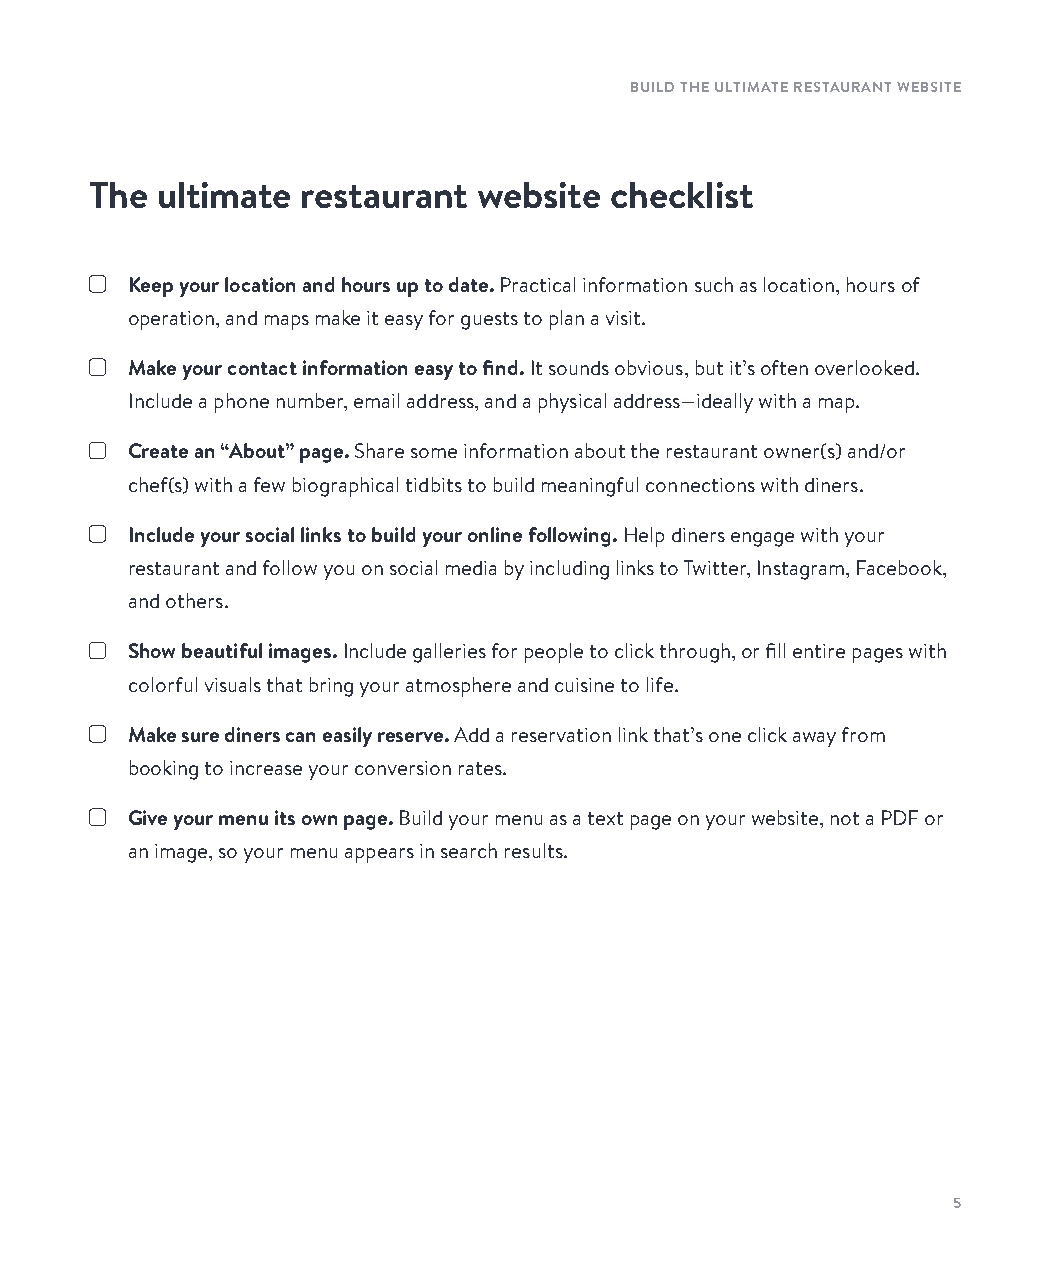
BUILD THE ULTIMATE RESTAURANT WEBSITE
 The ultimate  restaurant  website checklist
 Keep your location and hours up to date. Practical information such as location, hours of
 operation, and maps make it easy for guests to plan a visit.
 Make your contact information easy to find. It sounds obvious, but it’s often overlooked.
 Include a phone number, email address, and a physical address—ideally with a map.
 Create an “About” page. Share some information about the restaurant owner(s) and/or
 chef(s) with a few biographical tidbits to build meaningful connections with diners.
 Include your social links to build your online following. Help diners engage with your
 restaurant and follow you on social media by including links to Twitter, Instagram, Facebook,
 and others.
 Show beautiful images. Include galleries for people to click through, or fill entire pages with
 colorful visuals that bring your atmosphere and cuisine to life.
 Make sure diners can easily reserve. Add a reservation link that’s one click away from
 booking to increase your conversion rates.
 Give your menu its own page. Build your menu as a text page on your website, not a PDF or
 an image, so your menu appears in search results.
 5